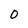
Character: O